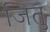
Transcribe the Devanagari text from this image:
जितु